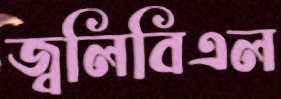
জ্বলিবিএল